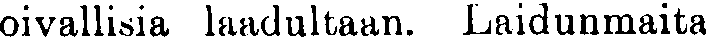
oivallisia laadultaan. Laidunmaita